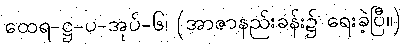
ထေရ-ဋ္ဌ-ပ-အုပ်-၆၊ (အာဇာနည်းခန်း၌ ရေးခဲ့ပြီ။)